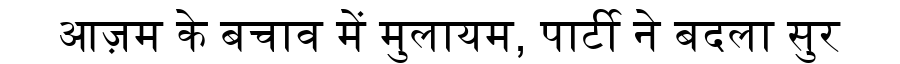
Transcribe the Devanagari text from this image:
आज़म के बचाव में मुलायम, पार्टी ने बदला सुर